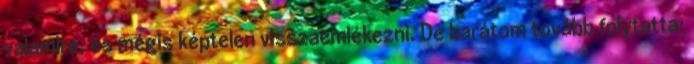
valamire, és mégis képtelen visszaemlékezni. De barátom tovább folytatta: